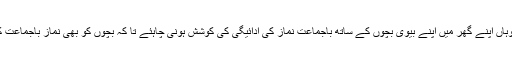
جہاں اکیلے گھر ہیں وہاں اپنے گھر میں اپنے بیوی بچوں کے ساتھ باجماعت نماز کی ادائیگی کی کوشش ہونی چاہئے تا کہ بچوں کو بھی نماز باجماعت کی اہمیت کا پتہ چلے۔